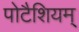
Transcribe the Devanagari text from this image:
पोटैशियम्‌